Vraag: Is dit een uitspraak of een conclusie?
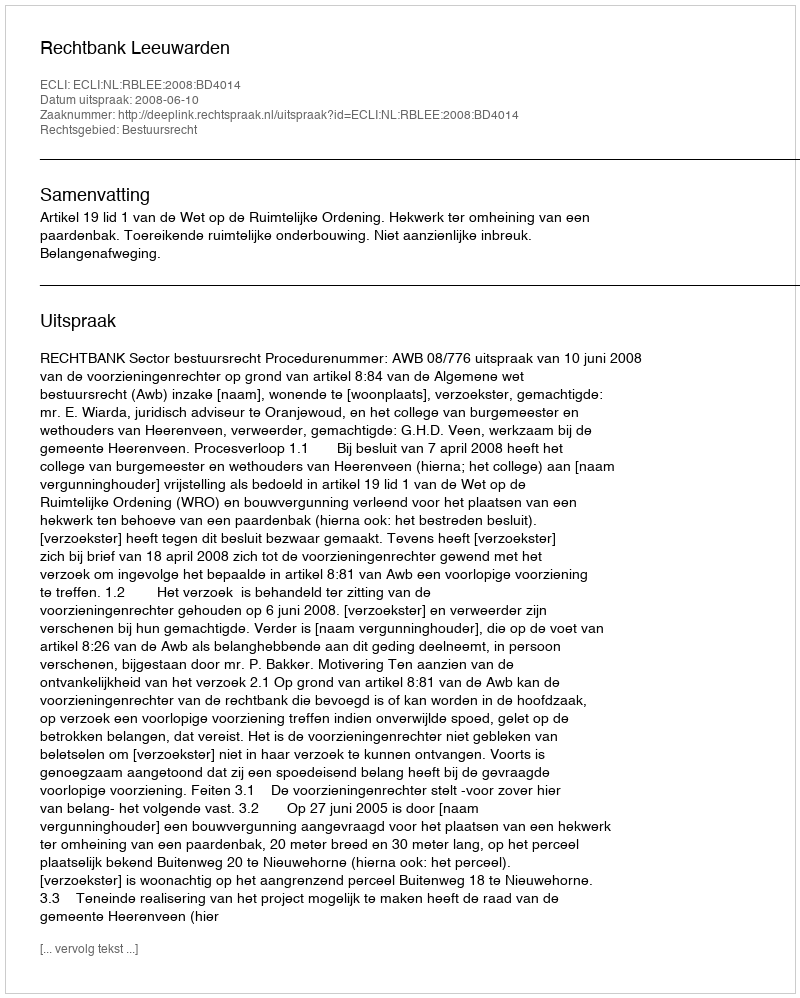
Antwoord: Uitspraak